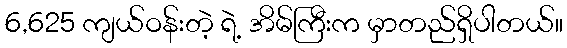
6,625 ကျယ်ဝန်းတဲ့ ရဲ့ အိမ်ကြီးက မှာတည်ရှိပါတယ်။